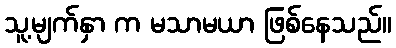
သူ့မျက်နှာ က မသာမယာ ဖြစ်နေသည်။